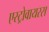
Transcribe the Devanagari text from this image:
एस्ट्रोवायरस